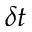
\delta t